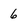
Character: 6